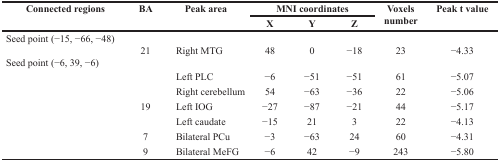
<table><thead><tr><td rowspan="2"><b>Connected regions</b></td><td rowspan="2"><b>BA</b></td><td rowspan="2"><b>Peak area</b></td><td colspan="3"><b>MNI coordinates</b></td><td rowspan="2"><b>Voxels number</b></td><td rowspan="2"><b>Peak t value</b></td></tr><tr><td><b>X</b></td><td><b>Y</b></td><td><b>Z</b></td></tr></thead><tbody><tr><td>Seed point (−15, −66, −48)</td><td></td><td></td><td></td><td></td><td></td><td></td><td></td></tr><tr><td></td><td>21</td><td>Right MTG</td><td>48</td><td>0</td><td>−18</td><td>23</td><td>−4.33</td></tr><tr><td>Seed point (−6, 39, −6)</td><td></td><td></td><td></td><td></td><td></td><td></td><td></td></tr><tr><td></td><td></td><td>Left PLC</td><td>−6</td><td>−51</td><td>−51</td><td>61</td><td>−5.07</td></tr><tr><td></td><td></td><td>Right cerebellum</td><td>54</td><td>−63</td><td>−36</td><td>22</td><td>−5.06</td></tr><tr><td></td><td>19</td><td>Left IOG</td><td>−27</td><td>−87</td><td>−21</td><td>44</td><td>−5.17</td></tr><tr><td></td><td></td><td>Left caudate</td><td>−15</td><td>21</td><td>3</td><td>22</td><td>−4.13</td></tr><tr><td></td><td>7</td><td>Bilateral PCu</td><td>−3</td><td>−63</td><td>24</td><td>60</td><td>−4.31</td></tr><tr><td></td><td>9</td><td>Bilateral MeFG</td><td>−6</td><td>42</td><td>−9</td><td>243</td><td>−5.80</td></tr></tbody></table>